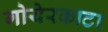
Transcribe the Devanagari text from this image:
गोयेरकाटा